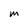
Character: M